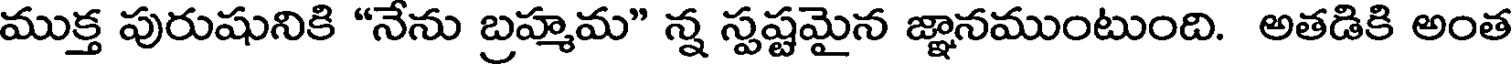
ముక్త పురుషునికి "నేను బ్రహ్మమ" న్న స్పష్టమైన జ్ఞానముంటుంది. అతడికి అంత